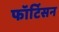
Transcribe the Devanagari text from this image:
फॉर्टिसन